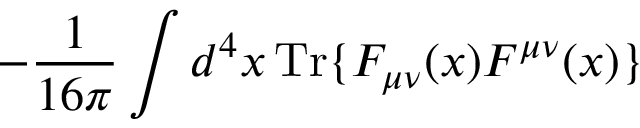
- \frac { 1 } { 1 6 \pi } \int d ^ { 4 } x \, \mathrm { T r } \{ F _ { \mu \nu } ( x ) F ^ { \mu \nu } ( x ) \}